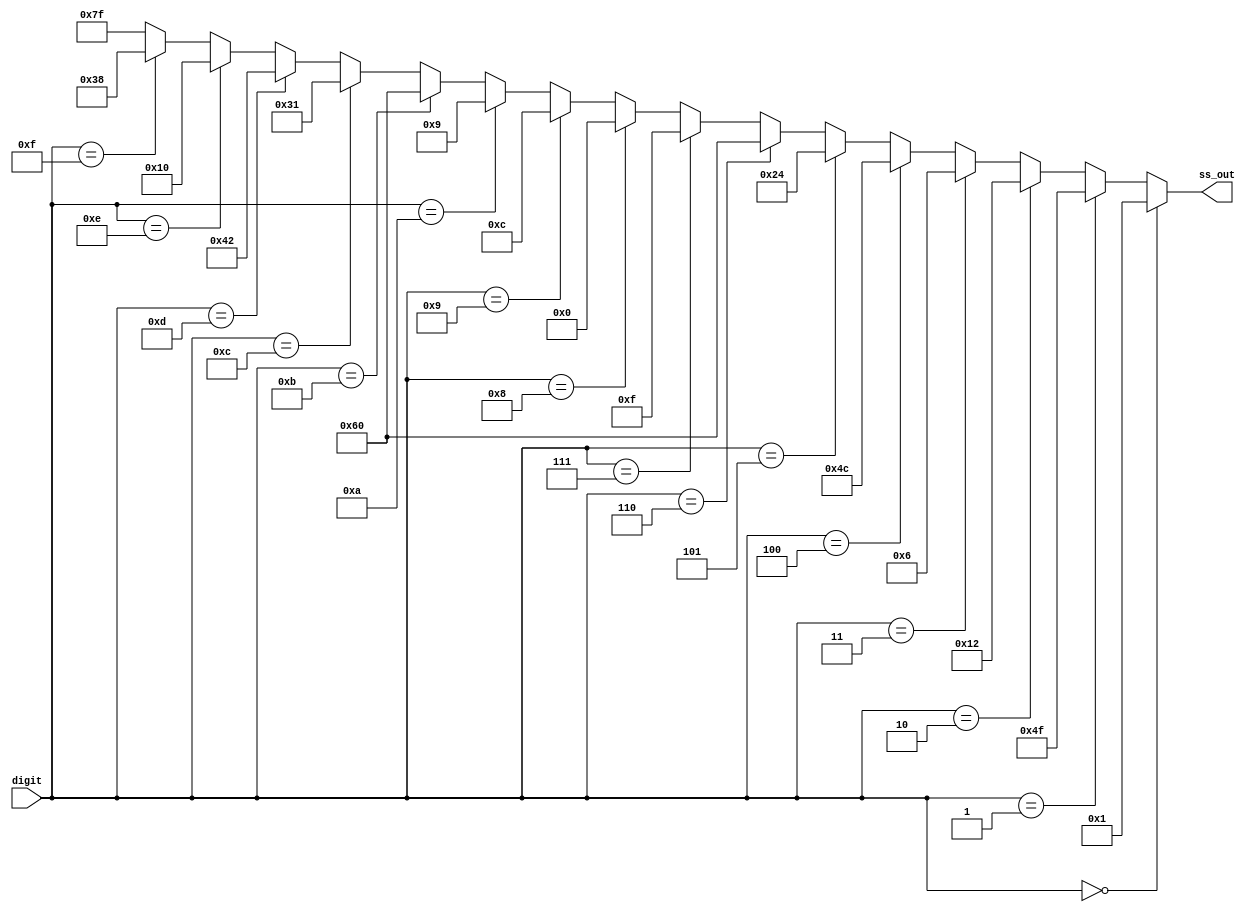
// sevensegdecode.v
// seven segment decoder for s3board

module sevensegdecode(digit, ss_out);

    input [3:0] digit;
    output [6:0] ss_out;
   
    // segments abcdefg
    //  a
    // f b
    //  g
    // e c
    //  d

    assign ss_out =
        (digit == 4'd0) ? 7'b0000001 :
        (digit == 4'd1) ? 7'b1001111 :
        (digit == 4'd2) ? 7'b0010010 :
        (digit == 4'd3) ? 7'b0000110 :
        (digit == 4'd4) ? 7'b1001100 :
        (digit == 4'd5) ? 7'b0100100 :
        (digit == 4'd6) ? 7'b1100000 :
        (digit == 4'd7) ? 7'b0001111 :
        (digit == 4'd8) ? 7'b0000000 :
        (digit == 4'd9) ? 7'b0001100 :
        (digit == 4'ha) ? 7'b0001001 :
        (digit == 4'hb) ? 7'b1100000 :
        (digit == 4'hc) ? 7'b0110001 :
        (digit == 4'hd) ? 7'b1000010 :
        (digit == 4'he) ? 7'b0010000 :
        (digit == 4'hf) ? 7'b0111000 :
    	7'b1111111;
   
endmodule